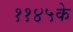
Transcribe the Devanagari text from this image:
११४५के